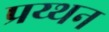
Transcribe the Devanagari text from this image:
प्रय्थन